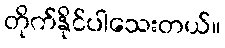
တိုက်နိုင်ပါသေးတယ်။